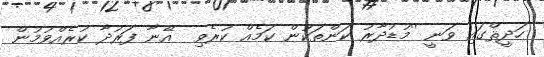
ހަދީޘްގައި ވަނީ ''މުޑުދާރު ކަންތަކުން ކަމެއް ކުރެވި  އޭނާ ފަރުދާ ކުރެއްވުމުން